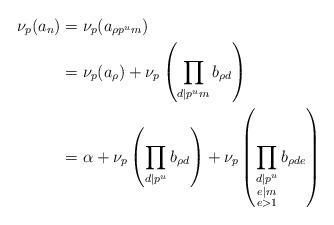
LaTeX: \begin{align*}\nu_{p}(a_{n})& = \nu_{p}(a_{\rho p^{u}m})\\& = \nu_{p}(a_{\rho})+\nu_{p}\left(\prod_{d\mid p^um}b_{\rho d}\right)\\& = \alpha+\nu_{p}\left(\prod_{d\mid p^u}b_{\rho d}\right)+\nu_{p}\left(\prod_{\substack{d\mid p^u\\e\mid m\\e>1}}b_{\rho de}\right)\end{align*}